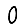
Digit: 0